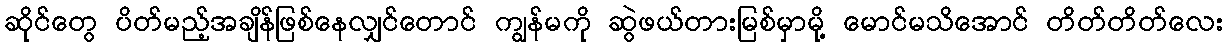
ဆိုင်တွေ ပိတ်မည့်အချိန်ဖြစ်နေလျှင်တောင် ကျွန်မကို ဆွဲဖယ်တားမြစ်မှာမို့ မောင်မသိအောင် တိတ်တိတ်လေး